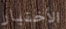
الأختيار